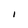
Character: l